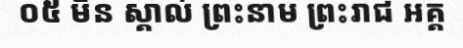
០៥ មិន ស្គាល់ ព្រះនាម ព្រះរាជ អគ្គ